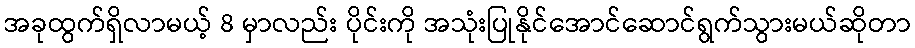
အခုထွက်ရှိလာမယ့် 8 မှာလည်း ပိုင်းကို အသုံးပြုနိုင်အောင်ဆောင်ရွက်သွားမယ်ဆိုတာ